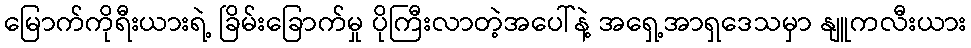
မြောက်ကိုရီးယားရဲ့ ခြိမ်းခြောက်မှု ပိုကြီးလာတဲ့အပေါ်နဲ့ အရှေ့အာရှဒေသမှာ နျူကလီးယား